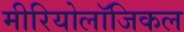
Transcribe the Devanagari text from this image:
मीरियोलॉजिकल